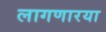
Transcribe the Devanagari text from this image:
लागणारया